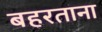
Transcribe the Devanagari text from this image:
बहरताना